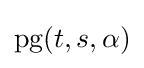
\mathrm {pg} (t,s,\alpha )